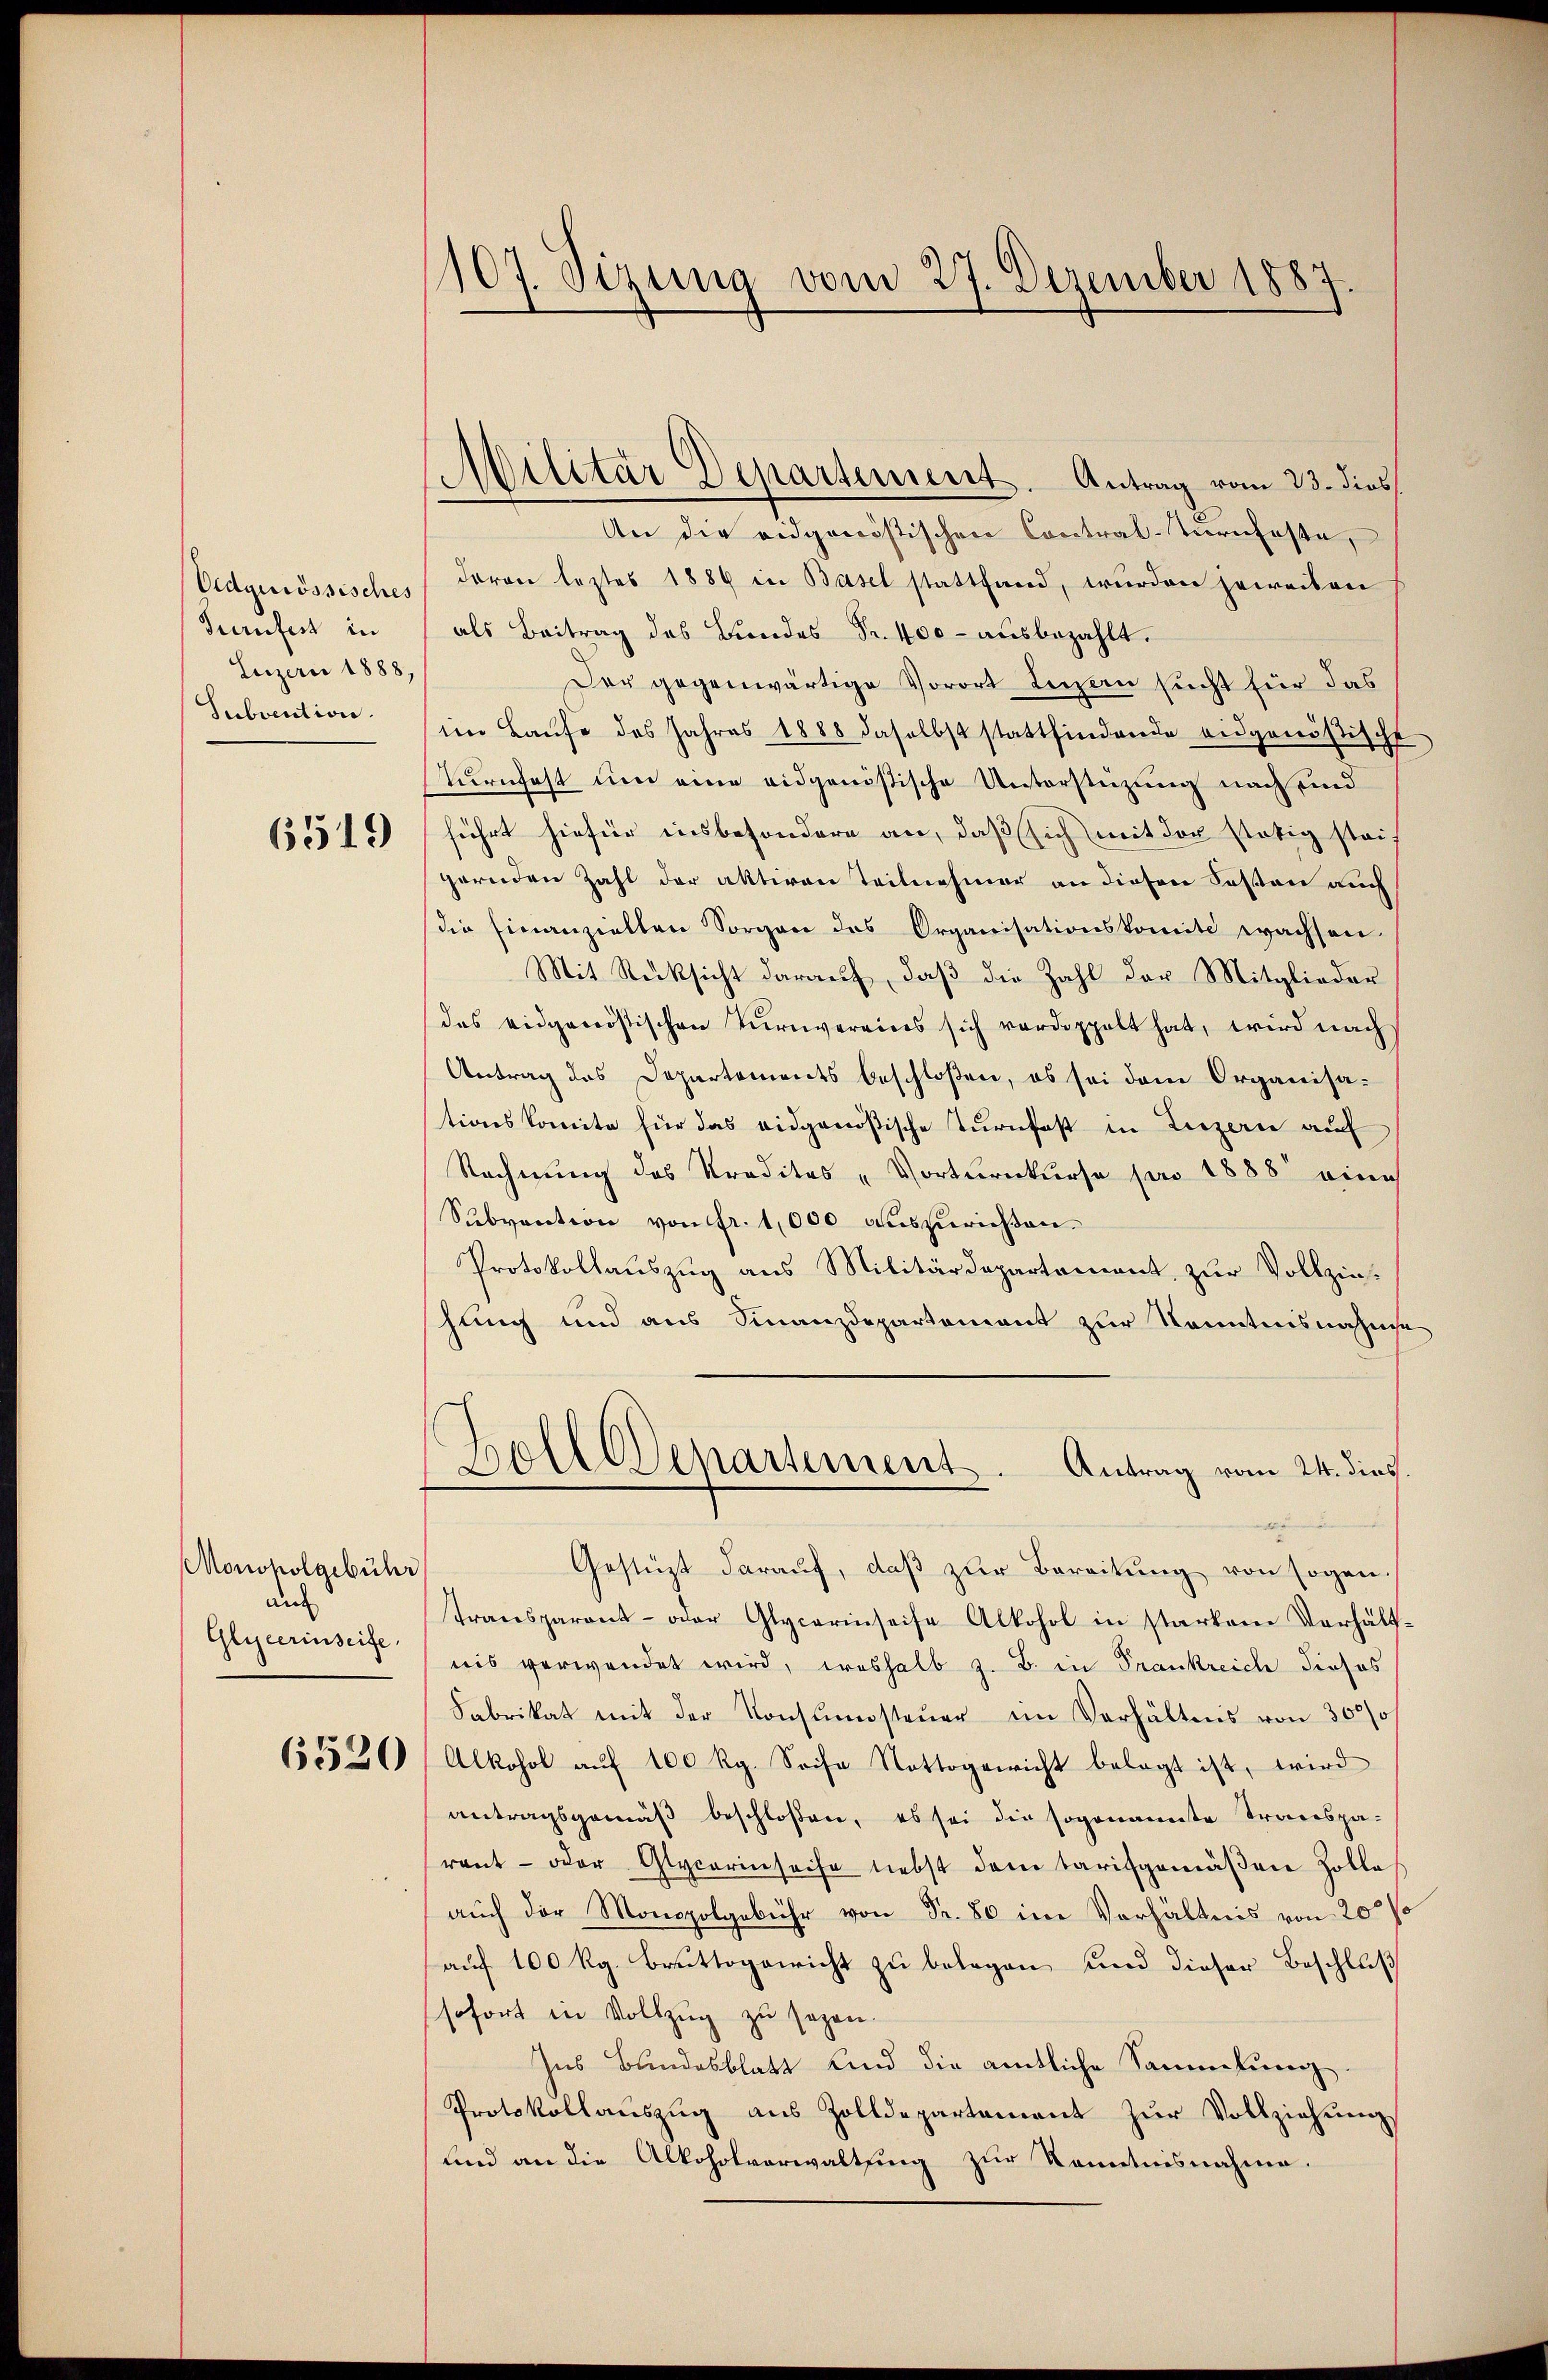
Oedgenössisches
Turnfest in
Luzern 1888,
Subvention.

6519

Monopolgebühr
au
Glyeerinseite

6520

107. Sizung vom 27. Dezember 1887
)

Militär Departement. Antrag vom 23. dies
An die eidgenöstischen Contral-Teornhafte,
daran leztes 1889 in Basel stattfand, wurden jeweisen
als Beitrag des Bundes Fr. 400 aŭsbezahlt.
Der gegenwärtige Vorort Luzern sucht für das
im Laŭfe des Jahres 1888 daselbst stattfindende eidgenößische
turnfest um eine eidganistische Unterstützung nach und
führt hiefür insbesondere an, daß sich mit der stätig stei-
gernden Zahl der aktiven Teilnehmer an diesen Kosten auch
die Einanziellen Sorgen des Organisationskomite wachsen.
Mit Rücksicht darauf, daß die Zahl der Mitglieder
das eidgenössischen Turnvereines sich verdoppelt hat, wird nach
Antrag des Departements beschloßen, ob sei dem Organisationskomite für das eidgenößische Turnfest in Luzern auf
Rechnung des Predites „Vorternkurse pro 1888 eine
Subvention von fr. 1,000 auszurichten.
Protokollauszug aus Militärdepartement, zur Vollziehung und aus Finanzdepartement zur Kenntnisnahme
Goll Departement. Antrag vom 24. dies
Gestüzt darauf, daß zur Bereitung von sogen.
transparant- oder Glycarinseise Alkohol in starkem Verhältnis verwendet wird, weshalb z. B. in Frankreich dieses
Fabrikat mit der Konsumsteuer im Verhältnis von 3000/
Alkohol aŭf 100 Rg. Sache Nottogewicht belegt ist, wird
antragsgemäß beschloßen, es sei die sogenannte Transpa-
rant- oder Glycarin seise nebst dem tarifgemäßen Zolle
auch der Monopolgebühr von Fr. 80 im Verhältnis von 200 f
auf 100 Rg. Bruttogericht zu belegen, und dieser Beschluß
sofort in Vollzug zu sagen.
Ins Bundesblatt und die amtliche Sammlung.
Protokollauszug aus Zolldepartement zŭr Vollziehung
und an die Alkoholverwaltung zur Kenntnisnahme.